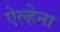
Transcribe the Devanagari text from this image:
ऐल्हेना